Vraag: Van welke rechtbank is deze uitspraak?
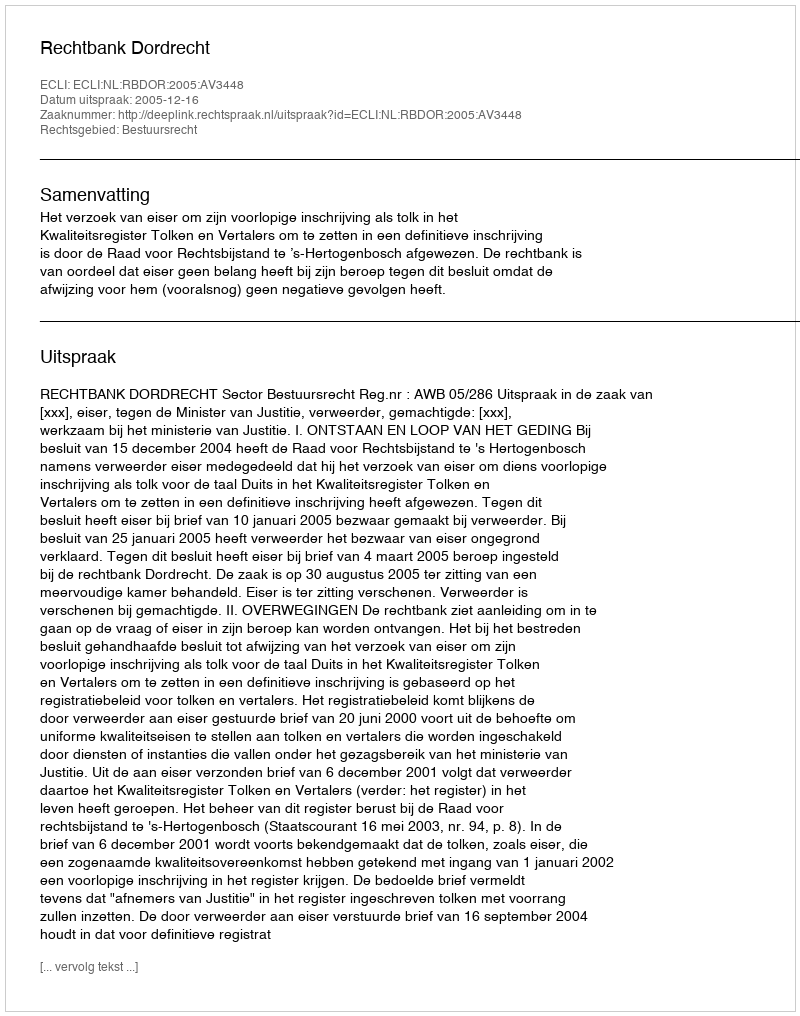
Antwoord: Rechtbank Dordrecht